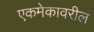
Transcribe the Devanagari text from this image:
एकमेकावरील